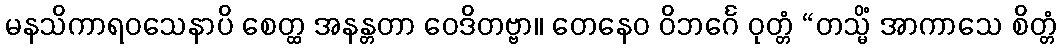
မနသိကာရဝသေနာပိ စေတ္ထ အနန္တတာ ဝေဒိတဗ္ဗာ။ တေနေဝ ဝိဘင်္ဂေ ဝုတ္တံ “တသ္မိံ အာကာသေ စိတ္တံ